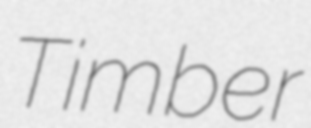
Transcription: Timber